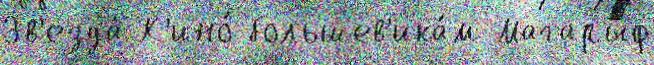
Зв'езда́ К'ино́ большев'ика́м Магарыф